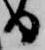
る